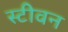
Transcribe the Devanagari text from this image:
स्‍टीवन